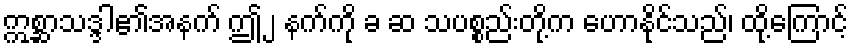
ဣစ္ဆာသဒ္ဒါ၏အနက် ဤ၂ နက်ကို ခ ဆ သပစ္စည်းတို့က ဟောနိုင်သည်၊ ထို့ကြောင့်